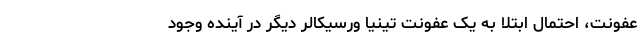
عفونت، احتمال ابتلا به یک عفونت تینیا ورسیکالر دیگر در آینده وجود